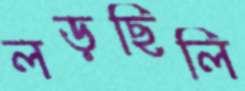
লড়ছিলি